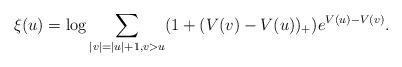
LaTeX: \begin{align*} \xi(u) = \log \sum_{|v|=|u|+1,v>u} (1 + (V(v)-V(u))_+ ) e^{V(u)-V(v)}.\end{align*}